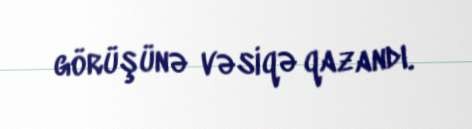
görüşünə vəsiqə qazandı.